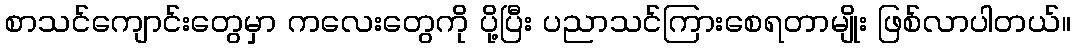
စာသင်ကျောင်းတွေမှာ ကလေးတွေကို ပို့ပြီး ပညာသင်ကြားစေရတာမျိုး ဖြစ်လာပါတယ်။